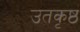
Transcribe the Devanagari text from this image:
उतकृष्ठ